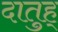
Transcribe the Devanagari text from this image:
दातुह्